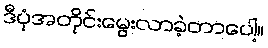
ဒီပုံအတိုင်းမွေးလာခဲ့တာပေါ့။